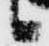
候